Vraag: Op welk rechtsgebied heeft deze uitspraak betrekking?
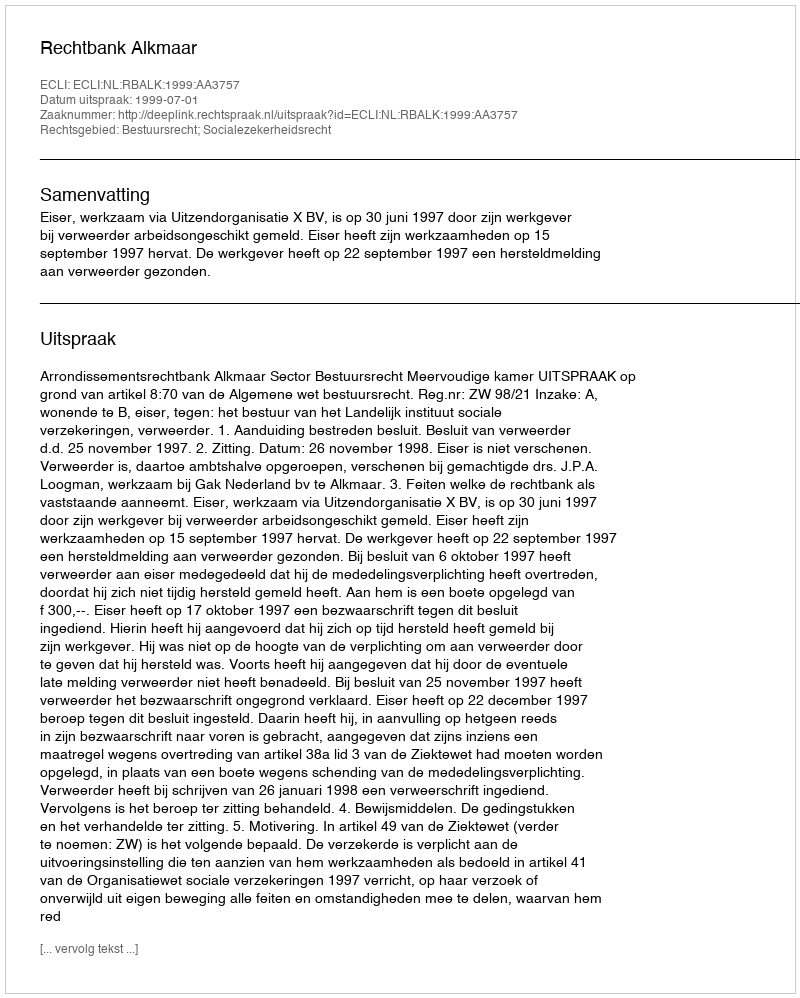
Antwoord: Bestuursrecht; Socialezekerheidsrecht